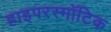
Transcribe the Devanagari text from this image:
हाइपरस्मॉटिक